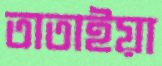
তাতাইয়া